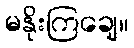
မနိုးကြချေ။